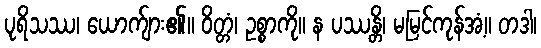
ပုရိသဿ၊ ယောက်ျား၏။ ဝိတ္တံ၊ ဥစ္စာကို။ န ပဿန္တိ၊ မမြင်ကုန်အံ့။ တဒါ၊